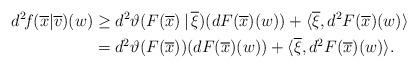
LaTeX: \begin{align*} d^2\!f(\overline{x}|\overline{v})(w) &\ge d^2\vartheta(F(\overline{x})\,|\,\overline{\xi})(dF(\overline{x})(w)) +\langle \overline{\xi},d^2 F(\overline{x})(w)\rangle\\ & = d^2 \vartheta(F(\overline{x}))(dF(\overline{x})(w)) +\langle \overline{\xi},d^2 F(\overline{x})(w)\rangle. \end{align*}